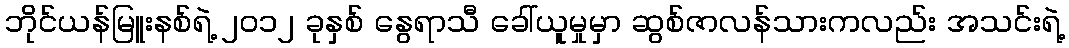
ဘိုင်ယန်မြူးနစ်ရဲ့ ၂၀၁၂ ခုနှစ် နွေရာသီ ခေါ်ယူမှုမှာ ဆွစ်ဇာလန်သားကလည်း အသင်းရဲ့